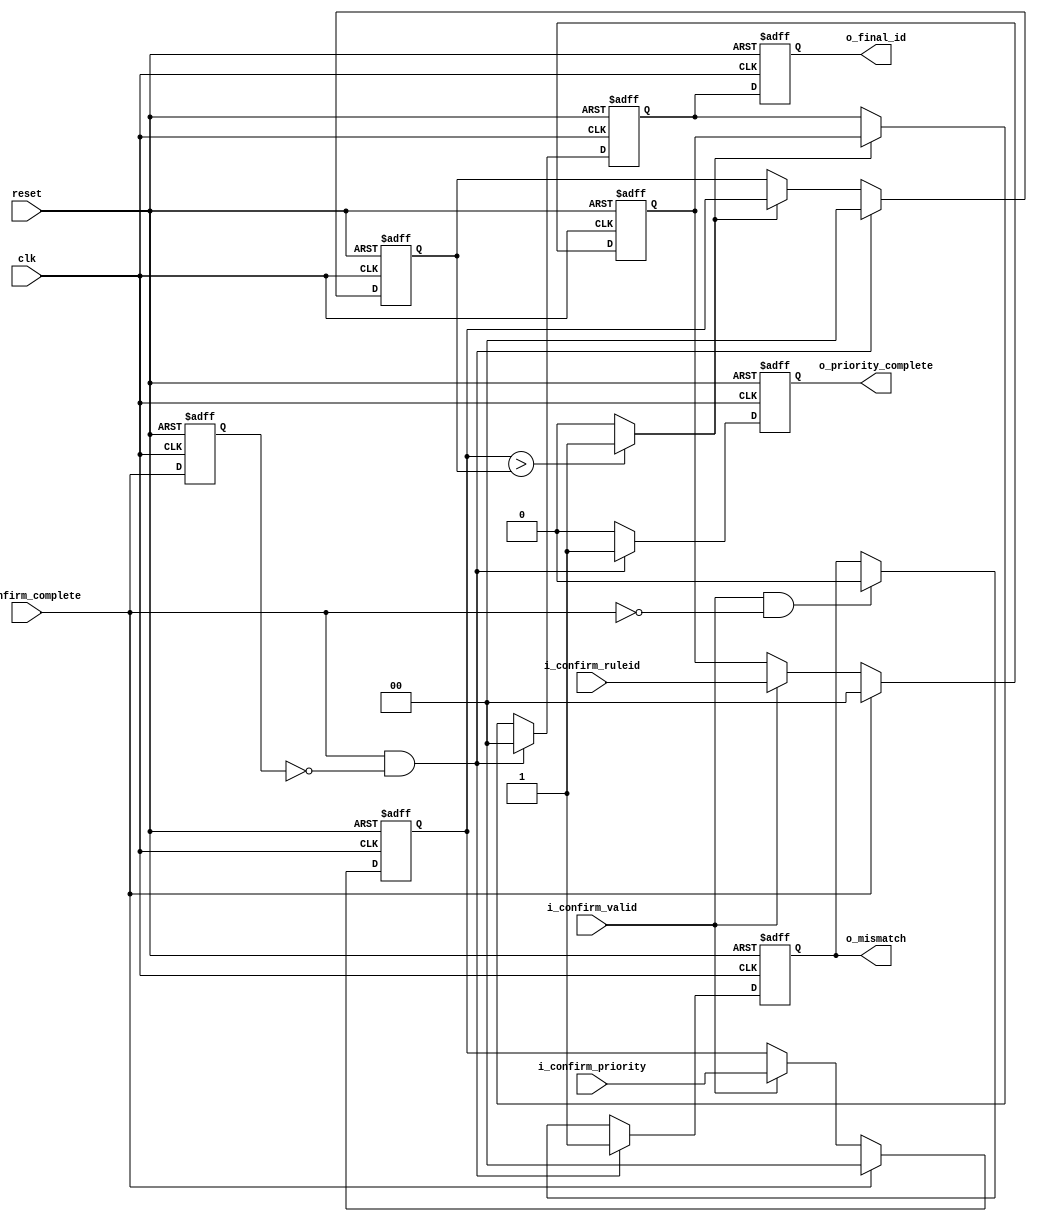
module priority_engine (
        // clock and reset 
        input                   clk
       ,input                   reset
        
        // data i/o
       ,input  [   IDWID-1:0 ]  i_confirm_ruleid
       ,input  [ PRIOWID-1:0 ]  i_confirm_priority
       ,output [   IDWID-1:0 ]  o_final_id
       ,output                  o_mismatch
       
        // control i/o
       ,input                   i_confirm_valid
       ,input                   i_confirm_complete
       ,output                  o_priority_complete
    );
// ===================================================
//	 Parameters
// ===================================================	
    parameter	DATA_BITS = 10; // Key length
    parameter 	FRAGMENTS = 5;	// Number of fragments
    parameter 	FRAG_BITS = 3;	// Number of bits represent for number of fragments
    parameter	IDWID     = 2;  // ID width
    parameter   MASKWID   = 5;

// ===================================================
//	 Local Parameters
// ===================================================
    localparam  PRIOWID   = IDWID;
    localparam  KWID      = DATA_BITS;
    localparam  SEGWID    = 2+IDWID+MASKWID+KWID+PRIOWID; // 2-bit status + ID + MASK + KEY + PRIORITY

// ===================================================
//	 Input Register
// ===================================================

    // Confirm complete pulse 
    
    reg r_confirm_complete_sync1;
    
    always @(posedge clk or posedge reset)
    begin 
        if   (reset) r_confirm_complete_sync1 <= 0;
        else         r_confirm_complete_sync1 <= i_confirm_complete;
    end 

    wire p_confirm_complete;
    assign p_confirm_complete = (i_confirm_complete & ~r_confirm_complete_sync1);
    
    wire p_confirm_processing; 
    assign p_confirm_processing = (~i_confirm_complete & r_confirm_complete_sync1);
    
    // Data
    
    reg [  IDWID-1:0] r_confirm_ruleid;
    reg [PRIOWID-1:0] r_confirm_priority;
    
    always @(posedge clk or posedge reset)
    begin 
        if (reset) begin 
            r_confirm_ruleid   <= 'h0;
            r_confirm_priority <= 'h0;
        end 
        else if (i_confirm_complete) begin 
            r_confirm_ruleid   <= 'h0;
            r_confirm_priority <= 'h0;
        end
        else if (i_confirm_valid) begin 
            r_confirm_ruleid   <= i_confirm_ruleid;
            r_confirm_priority <= i_confirm_priority;
        end  
        else begin 
            r_confirm_ruleid   <= r_confirm_ruleid;  
            r_confirm_priority <= r_confirm_priority;
        end 
    end 
    

// ===================================================
//	 Logic Declarations
// ===================================================
    
    // Priority compare
    
    wire w_id_select; 
    assign w_id_select = (r_confirm_priority > r_stored_priority) ? 1'b1 : 1'b0;
    
    // -----------------------------------------------
    //	 Address Selection
    // -----------------------------------------------
    
    reg [  IDWID-1:0] r_stored_id; 
    reg [PRIOWID-1:0] r_stored_priority;
    
    always @(posedge clk or posedge reset)
    begin 
        if (reset) begin 
            r_stored_id       <= 'h0;
            r_stored_priority <= 'h0;
        end 
        else if (p_confirm_complete) begin 
            r_stored_id       <= 'h0;
            r_stored_priority <= 'h0;
        end
        else if (w_id_select) begin 
            r_stored_id       <= r_confirm_ruleid;
            r_stored_priority <= r_confirm_priority;
        end
        else begin 
            r_stored_id       <= r_stored_id;
            r_stored_priority <= r_stored_priority;      
        end 
    end 
    
    // -----------------------------------------------
    //	 Output Register
    // -----------------------------------------------
    
    // mismatch signals
    
    wire w_id_match;
    assign w_id_match = ( i_confirm_valid & ~i_confirm_complete );
   
    reg ro_mismatch;
    
    always @(posedge clk or posedge reset)
    begin 
        if      ( reset              ) ro_mismatch <= 1'b1; // initial value
        else if ( p_confirm_complete ) ro_mismatch <= 1'b1;
        else if ( w_id_match         ) ro_mismatch <= 1'b0;
        else                           ro_mismatch <= ro_mismatch;
    end
    
    assign o_mismatch = ro_mismatch;
    
    // priority complete
    
    reg ro_priority_complete;
    
    always @(posedge clk or posedge reset)
    begin 
        if      ( reset                )  ro_priority_complete <= 1'b0;
        else if ( p_confirm_complete   )  ro_priority_complete <= 1'b1;
        else if ( p_confirm_processing )  ro_priority_complete <= 1'b0;
        else                              ro_priority_complete <= 1'b0;
    end
    
    assign o_priority_complete = ro_priority_complete;
    
    // ID 
    
    reg [IDWID-1:0] ro_final_id;
    
    always @(posedge clk or posedge reset)
    begin 
        if   ( reset )  ro_final_id <= 'h0;
        else            ro_final_id <= r_stored_id;    
    end 
    
    assign o_final_id = ro_final_id;
    
endmodule